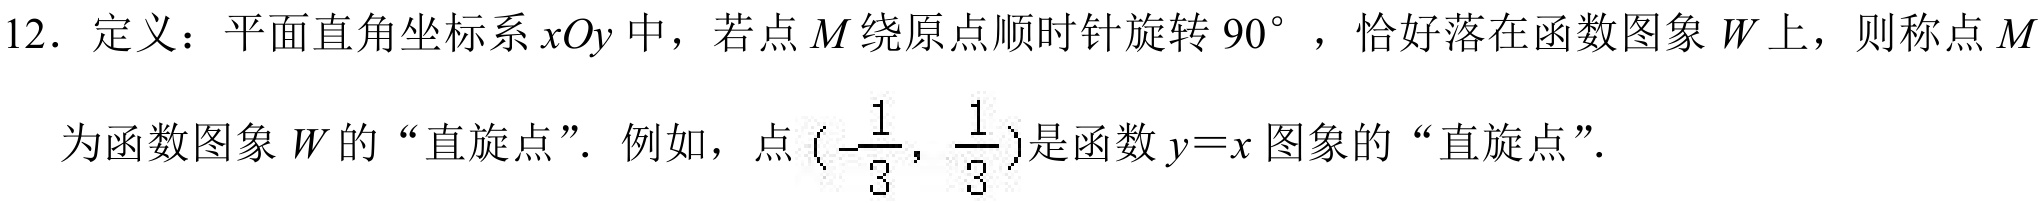
12. 定义：平面直角坐标系\(xOy\)中，若点\(M\)绕原点顺时针旋转\(90^{\circ}\) ，恰好落在函数图象\(W\)上，则称点\(M\)为函数图象\(W\)的“直旋点”. 例如，点\((-\frac{1}{3},\frac{1}{3})\)是函数\(y = x\)图象的“直旋点”.